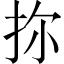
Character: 𪭧